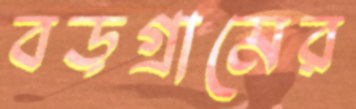
বড়গ্রামের